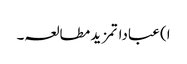
ا) عباداتمزید مطالعہ۔